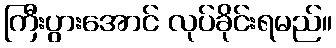
ကြီးပွားအောင် လုပ်ခိုင်းရမည်။